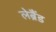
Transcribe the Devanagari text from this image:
लेब्रैंड